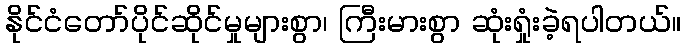
နိုင်ငံတော်ပိုင်ဆိုင်မှုများစွာ၊ ကြီးမားစွာ ဆုံးရှုံးခဲ့ရပါတယ်။